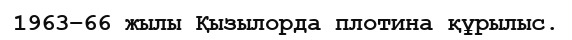
1963–66 жылы Қызылорда плотина құрылыс.